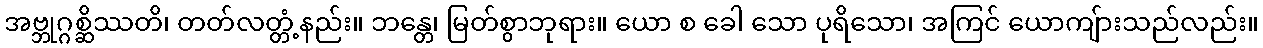
အဗ္ဘုဂ္ဂစ္ဆိဿတိ၊ တတ်လတ္တံ့နည်း။ ဘန္တေ၊ မြတ်စွာဘုရား။ ယော စ ခေါ သော ပုရိသော၊ အကြင် ယောကျ်ားသည်လည်း။